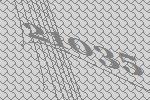
21035